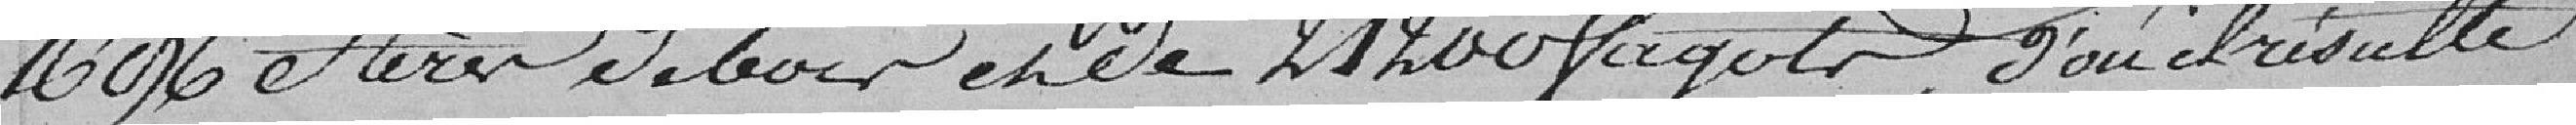
1696 stères de bois et de 21200 fagots, d'où il résulte